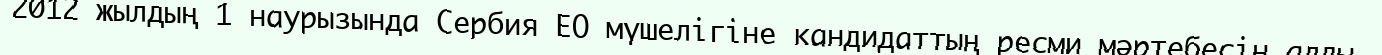
2012 жылдың 1 наурызында Сербия ЕО мүшелігіне кандидаттың ресми мәртебесін алды.